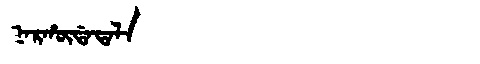
Manchu: ᠨᠠᡵᡥᡡᡩᠠᡨᠠᠯᠠ
Romanization: NARHŪDATALA